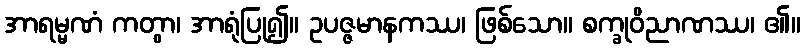
အာရမ္မဏံ ကတွာ၊ အာရုံပြု၍။ ဥပဇ္ဇမာနကဿ၊ ဖြစ်သော။ စက္ခုဝိညာဏဿ၊ ၏။